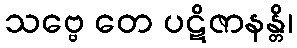
သဗ္ဗေ တေ ပဋိဇာနန္တိ၊